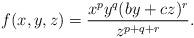
LaTeX: \begin{align*}f(x,y,z)=\dfrac{x^{p}y^{q}(by+cz)^r}{z^{p+q+r}}.\end{align*}